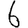
Digit: 6